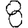
Digit: 8